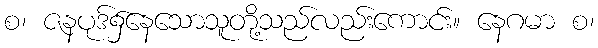
စ၊ ဇနပုဒ်၌နေသောသူတို့သည်လည်းကောင်း။ နေဂမာ စ၊